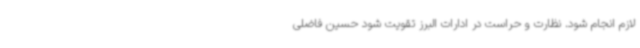
لازم انجام شود. نظارت و حراست در ادارات البرز تقویت شود حسین فاضلی